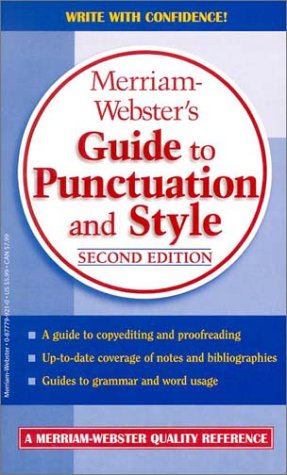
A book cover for Merriam-Webster's Guide to Punctuation and Style; Merriam-Webster; Reference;